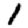
Digit: 1